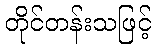
တိုင်တန်းသဖြင့်